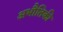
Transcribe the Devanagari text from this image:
अभौतिकी